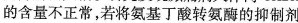
的含量不正常，若将氨基丁酸转氨酶的抑制剂